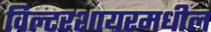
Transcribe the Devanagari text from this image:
विल्टरशायरमधील